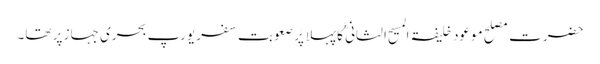
حضرت مصلح موعود خلیفۃ المسیح الثانی ؓکا پہلا پُر صعوبت سفرِ یورپ بحری جہاز پر تھا۔